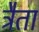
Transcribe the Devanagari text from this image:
त्रैता